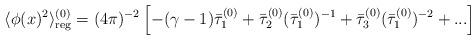
LaTeX: \begin{align*}\langle \phi(x)^2\rangle_{\rm reg}^{(0)} = (4\pi)^{-2}\left[-(\gamma-1)\bar{\tau}_1^{(0)} + \bar{\tau}_2^{(0)}(\bar{\tau}_1^{(0)})^{-1}+\bar{\tau}_3^{(0)}(\bar{\tau}_1^{(0)})^{-2}+...\right] \end{align*}